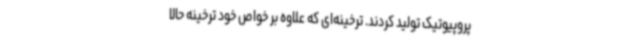
پروپیوتیک تولید کردند. ترخینه‌ای که علاوه بر خواص خود ترخینه حالا